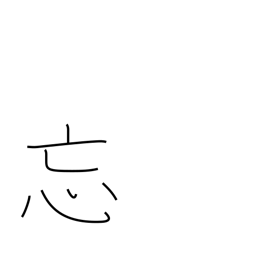
Meaning: forget